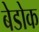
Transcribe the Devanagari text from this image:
बेडोक